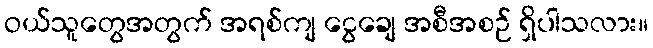
ဝယ်သူတွေအတွက် အရစ်ကျ ငွေချေ အစီအစဉ် ရှိပါသလား။